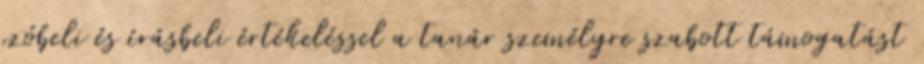
szóbeli és írásbeli értékeléssel a tanár személyre szabott támogatást